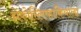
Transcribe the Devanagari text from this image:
झेकोस्लिव्हाकियाला